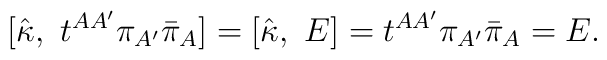
[{\hat \kappa}, \ t^{AA^\prime}\pi_{A^\prime}{\bar \pi}_{A}]=[{\hat \kappa}, \ E]=t^{AA^\prime}\pi_{A^\prime}{\bar \pi}_{A}=E.